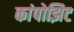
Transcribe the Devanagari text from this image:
कांपोझिट